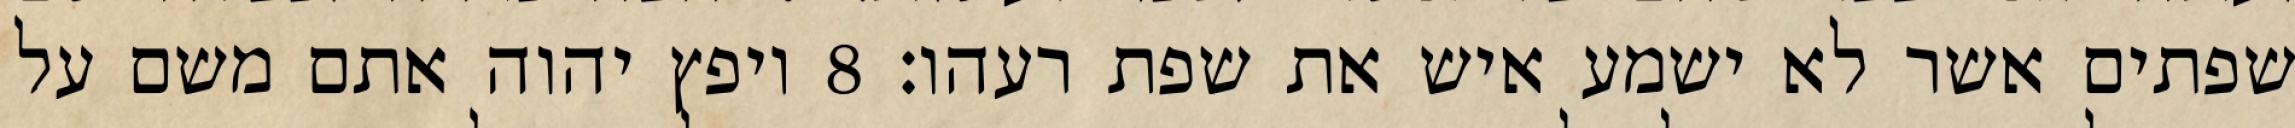
שפתים אשר לא ישמע איש את שפת רעהו׃ ‎8‏ ויפץ יהוה אתם משם על